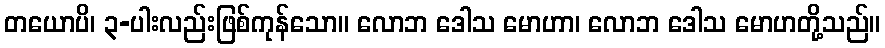
တယောပိ၊ ၃-ပါးလည်းဖြစ်ကုန်သော။ လောဘ ဒေါသ မောဟာ၊ လောဘ ဒေါသ မောဟတို့သည်။